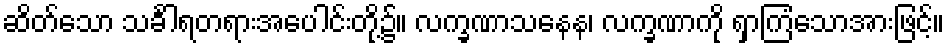
ဆိတ်သော သင်္ခါရတရားအပေါင်းတို့၌။ လက္ခဏာသနေန၊ လက္ခဏာကို ရှာကြံသောအားဖြင့်။